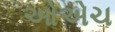
ઓએચ